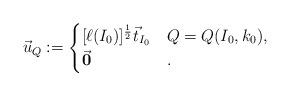
LaTeX: \begin{align*}\vec u_Q:=\begin{cases}[\ell(I_0)]^{\frac12}\vec t_{I_0}&Q=Q(I_0,k_0),\\\vec{\mathbf{0}}&.\end{cases}\end{align*}